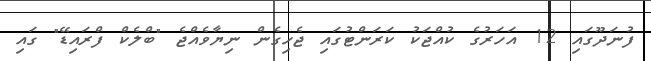
ފުނަދޫގައި 12 އަހަރުގެ ކުއްޖަކު ކަރަންޓުގައި ޖެހިގެން ނިޔާވެއްޖެ "ބްލެކް ފްރައިޑޭ" ގައި